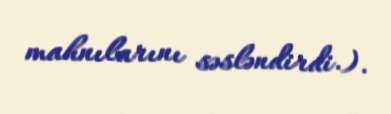
mahnılarını səsləndirdi.).